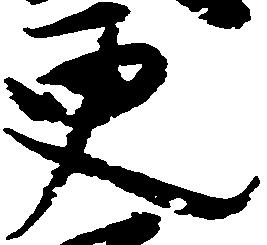
更